Vaccination in Bombay 1924-1928 - 1924-1928
Year: 1924
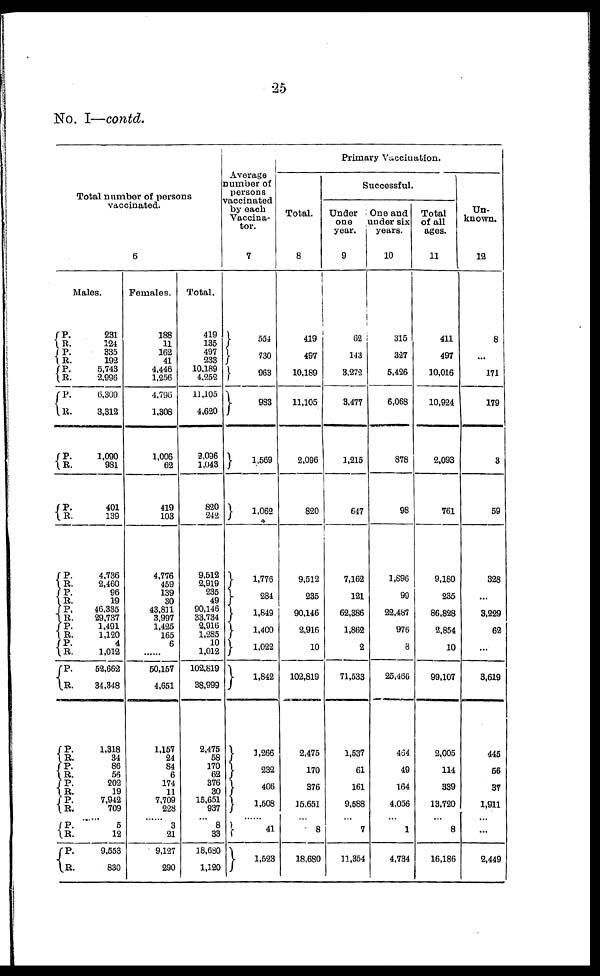
25
No. I—contd.
Total number of persons
vaccinated.
6
Males.
P.
R.
P. R.
P.
R.
P.
R.
P.
R.
P.
R.
P.
R.
P.
R.
P.
R.
P. R.
P. R.
P.
R.
P.
R.
P. R.
P.
R.
P.
R.
231
124
335
192
5,743
2,996
6,309
3,312
1,090
981
401
139
4,736
2,460
96
19
46,335
29,737
1,491
1,120
4
1,012
52,662
34,348
1,318
34
86
56
202
19
7,942
709
......
P.
R.
P.
R.
5
12
9,553
830
Females.
188
11
162
41
4,446
1,256
4,796
1,308
1,006
62
419
103
4,776
459
139
30
43,811
3,997
1,425
165
6
...
50,157
4,651
1,157
24
84
6
174
11
7,709
228
......
3
21
9,127
290
Total.
419
135
497
233
10,189
4,252
11,105
4,620
2,096
1,043
820
242
9,512
2,919
235
49
90,146
33,734
2,916
1,285
10
1,012
102,819
38,999
2,475
58
170
62
376
30
15,651
937
...
8
33
18,630
1,120
Average
number of
persons
vaccinated
by each
Vaccina¬
tor.
7
554
730
963
983
1,569
1,062
1,776
284
1,849
1,400
1,022
1,842
1,266
232
406
1,508
......
41
1,523
Primary Vaccination.
Total.
8
419
497
10,189
11,105
2,096
820
9,512
235
90,146
2,916
10
102,819
2,475
170
376
15,651
...
8
18,680
Successful.
Under
one
year.
9
62
143
3,272
3,477
1,215
647
7,162
121
62,386
1,862
2
71,533
1,537
61
161
9,588
...
7
11,354
One and
under six
years.
10
315
327
5,426
6,068
878
98
1,896
99
22,487
976
8
25,466
464
49
164
4,056
...
1
4,734
Total
of all
ages.
11
411
497
10,016
10,924
2,093
761
9,180
235
86,828
2,854
10
99,107
2,005
114
339
13,720
...
8
16,186
Un-
known.
12
8
...
171
179
3
59
328
...
3,229
62
...
3,619
445
56
37
1,911
...
...
2,449